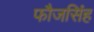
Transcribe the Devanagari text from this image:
फौजसिंह